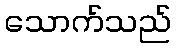
သောက်သည်